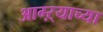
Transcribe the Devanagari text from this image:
आग्ऱ्याच्या